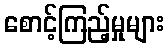
စောင့်ကြည့်မှုများ